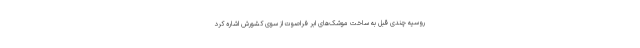
روسیه چندی قبل به ساخت موشک‌های ابر فراصوت از سوی کشورش اشاره کرد